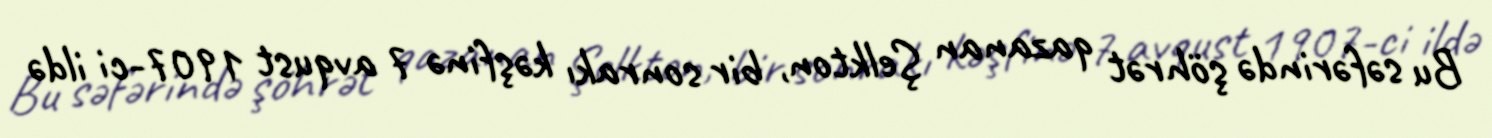
Bu səfərində şöhrət qazanan Şelkton, bir sonrakı kəşfinə 7 avqust 1907-ci ildə